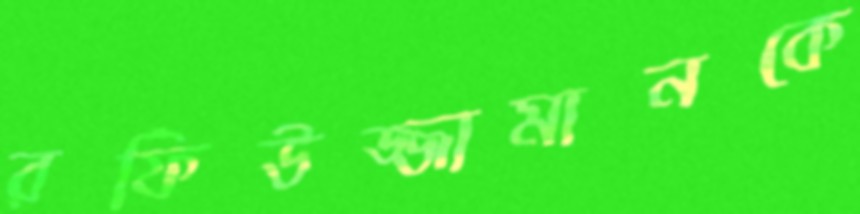
রফিউজ্জামানকে